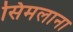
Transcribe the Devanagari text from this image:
सिमलाना